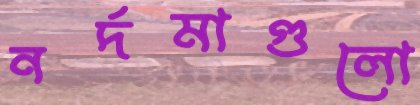
নর্দমাগুলো